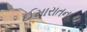
ઈમારાતના